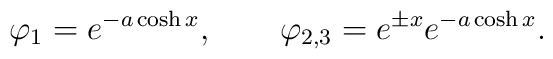
\varphi _1=e^{-a\cosh x},\qquad \varphi _{2,3}=e^{\pm x}e^{-a\cosh x}.